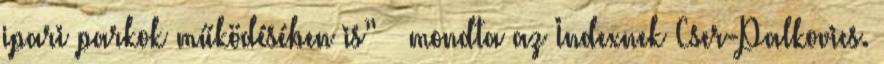
ipari parkok működésében is” – mondta az Indexnek Cser-Palkovics.